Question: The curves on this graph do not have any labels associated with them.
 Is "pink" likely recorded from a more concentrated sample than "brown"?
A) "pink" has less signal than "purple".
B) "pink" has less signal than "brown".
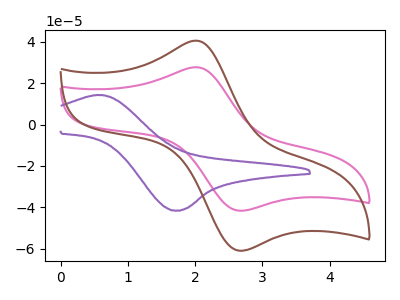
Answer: <think>The pink curve "pink" has an anodic peak at (2.00V, 27.60uA) and a cathodic peak at (2.65V, -41.60uA). The purple curve "purple" has an anodic peak at (0.60V, 14.20uA) and a cathodic peak at (1.75V, -41.55uA). The brown curve "brown" has an anodic peak at (2.00V, 40.45uA) and a cathodic peak at (2.65V, -60.90uA).
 All the peaks in "pink" have a peak in "brown" at the same potential. Every peak in "pink" is lower than every peak in "brown".</think>
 <answer>B) "pink" has less signal than "brown".</answer>
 <eval>B</eval>